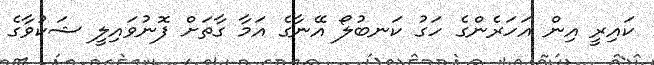
ކައިރީ އިން އަހަރެންގެ ހަގު ކަނބުލޯ އޭނާގެ އަމާ ގާތަށް ފޮނުވައިލީ ޝަކުވާގެ